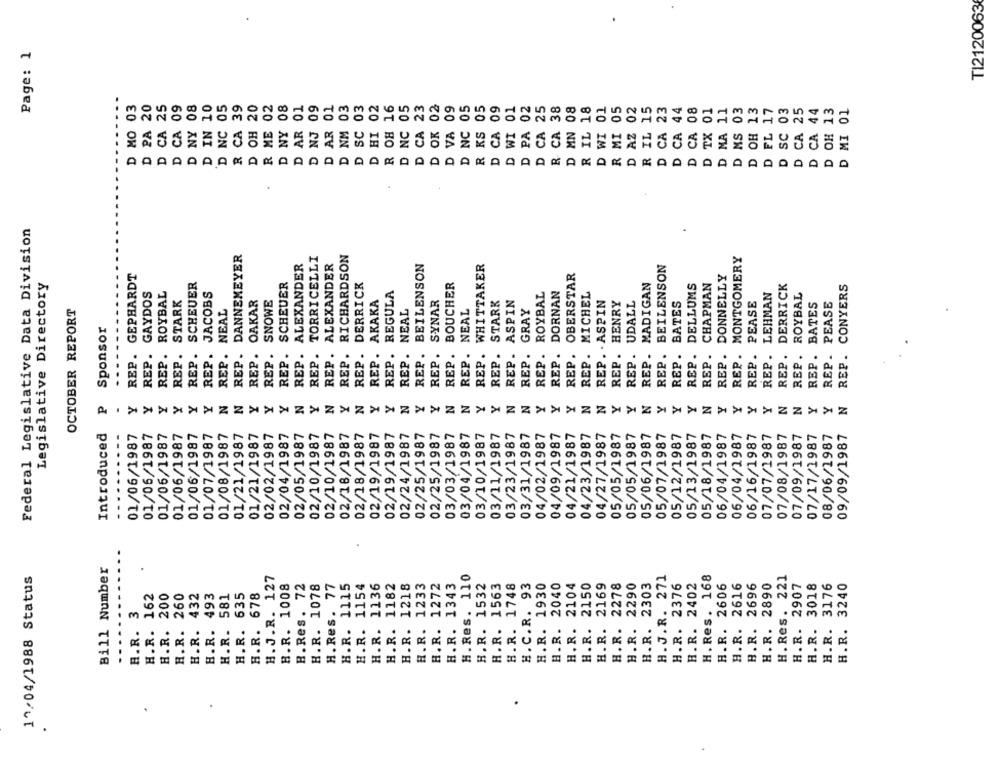
TI2120063
Page: 1
PA 20
CA 25
NY 08
IN 10
CA 39
OH 20
NY 08
D AR 01
D AR 01
D NM 03
SC 03
HI 02
OK 02
D VA 09
PA 02
R. CA 38
R IL 18
R IL 15
D MO 03
CA 0
NJ 09
D NC 05
D WI 01
D CA 25
D MN 08
D WI 01
R MI 05
CA 23
CA 44
D CA 08
D TX 01
D MA 11
D MS 03
D OH 13
D FL 17
D SC 03
D CA 25
D CA 44
D OH 13
D MI 01
D
D
D
D
D
R
D
D
D
D
D
D
D
D
D
Federal Legislative Data Division
DANNEMEYER
TORRICELLI
RICHARDSON
MONTGOMERY
ALEXANDER
ALEXANDER
BEILENSON
WHITTAKER
BEILENSON
REP. GEPHARDT
REP. OBERSTAR
SCHEUER
BOUCHER
DONNELLY
Legislative Directory
SCHEUER
REP. DERRICK
REGULA
REP. MADIGAN
REP. DELLUMS
CHAPMAN
DERRICK
CONYERS
REP. GAYDOS
ROYBAL
JACOBS
REP. ROYBAL
REP. DORNAN
REP. MICHEL
LEHMAN
ROYBAL
STARK
OAKAR
SNOWE
AKAKA
SYNAR
STARK
ASPIN
REP . . ASPIN
REP. HENRY
REP. UDALL
BATES
PEASE
BATES
REP. PEASE
OCTOBER REPORT
NEAL
NEAL
NEAL
REP. GRAY
Sponsor
REP.
REP .
REP .
REP.
REP.
REP.
REP.
REP.
REP.
REP .
REP.
REP.
REP .
REP.
REP .
REP.
REP.
REP.
REP.
REP.
REP .
REP.
REP .
REP .
REP.
REP .
REP.
REP .
REP .
REP.
REP .
REP .
Y
Y
Y
Y
Y
Y
N
N
Y
Y
Y
N
Y
N
Y
N
Y
Y
N
Y
Y
N
N
Y
Y
N
N
Y
Y
Y
N
N
Y
Y
Y
Y
Y
N
Y
Y
Y
Y
N
N
Y
Y
N
Introduced
01/06/1987
01/06/1987
01/06/1987
01/07/1987
01/08/1987
01/21/1987
01/21/1987
02/02/1987
02/04/1987
02/05/1987
02/10/1987
02/10/1987
02/18/1987
02/18/1987
02/19/1987
02/19/1987
02/24/1987
02/25/1987
03/03/1987
03/04/1987
03/10/1987
03/11/1987
03/23/1987
03/31/1987
04/02/1987
04/09/1987
04/21/1987
04/23/1987
05/06/1987
05/07/1987
05/12/1987
05/13/1987
05/18/1987
06/04/1987
06/04/1987
06/16/1987
07/07/1987
07/08/1987
07/09/1987
07/17/1987
08/06/1987
01/06/1987
01/06/1987
02/25/1987
04/27/1987
05/05/1987
05/05/1987
09/09/1987
Bill Number
19/04/1988 Status
H. J.R. 127
H.Res. 110
H. J.R. 271
H. Res. 168
221
H.R. 1008
B.Res. 72
H.R. 1078
H. Res. 77
1115
1154
1136
1182
1218
1233
1272
H.R. 1343
H.R. 1532
H.R. 1563
H.R. 1748
H.C.R. 93
H.R. 1930
2040
2104
2150
2169
2278
2290
H.R. 2303
H.R. 2376
H.R. 2402
H.R. 2606
2616
2696
H.R. 2890
2907
3018
H.R. 3176
H.R. 3240
162
200
432
635
H.R. 678
493
581
H. Res.
3
H.R.
A.R.
H.R.
H.R.
H.R.
H.R.
H.R.
H.R.
H.R.
H.R.
H.R.
H.R.
H.R.
H.R.
H.R.
H.R.
H.R.
H.R.
H.R.
H.R.
H.R.
H.R.
H.R.
H.R.
H.R.